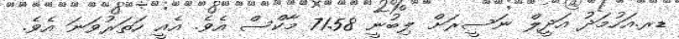
ޑރ.އަހުމަދު އަދީލް ނަސީރަށް ލިބުނީ 71.58 މާކްސް އެވެ. އެއީ ހަތަރުވަނަ އެވެ.